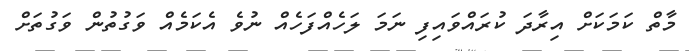
މާތް ކަމަކަށް އިރާދަ ކުރައްވައިފި ނަމަ ލަހެއްފަހެއް ނުވެ އެކަމެއް ވަގުތުން ވަގުތަށް